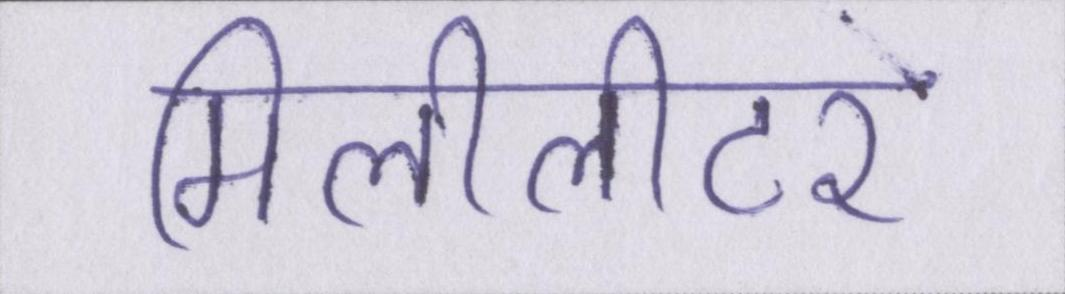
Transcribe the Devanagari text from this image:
मिलीलीटर